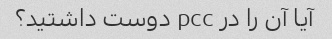
آیا آن را در pcc دوست داشتید؟